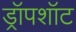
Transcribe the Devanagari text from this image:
ड्रॉपशॉट